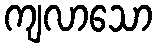
ကျလာသော